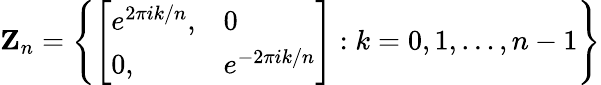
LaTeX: {\mathbf Z}_{n}=\left\{ \left[\begin{array}{ll}{{e^{2\pi ik/n},}}&{{0}}\\ {{0,}}&{{e^{-2\pi ik/n}}}\end{array}\right]:k=0,1,\ldots,n-1\right\}